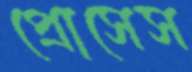
প্রোসেস